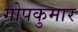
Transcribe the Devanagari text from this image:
गोपकुमार